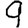
Digit: 9